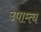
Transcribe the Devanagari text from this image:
उपाम्त्य